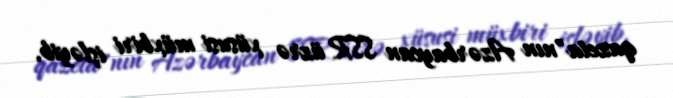
qazeta"nın Azərbaycan SSR üzrə xüsusi müxbiri işləyib.